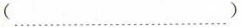
(……)